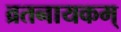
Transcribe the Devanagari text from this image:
व्रतनायकम्